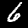
Digit: 6